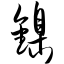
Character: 镍